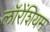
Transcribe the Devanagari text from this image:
लॉरेंशियम